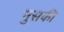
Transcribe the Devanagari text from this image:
मुसकी